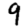
Digit: 9